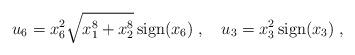
LaTeX: \begin{align*}u_6 = x_6^2 \sqrt{x_1^8+x_2^8}\, \mbox{sign}(x_6) \; , \quad u_3=x_3^2\,\mbox{sign}(x_3)\; ,\end{align*}